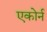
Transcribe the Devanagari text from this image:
एकोर्न